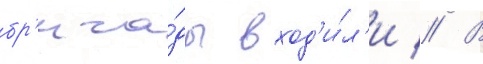
бр'ига́ды вход'и́л'и // В